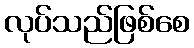
လုပ်သည်ဖြစ်စေ